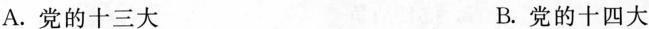
A.党的十三大 B.党的十四大